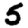
Digit: 5